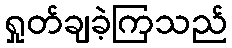
ရှုတ်ချခဲ့ကြသည်